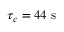
\tau _ { c } = 4 4 ~ \mathrm { s }